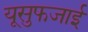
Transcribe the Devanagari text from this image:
यूसुफजाई